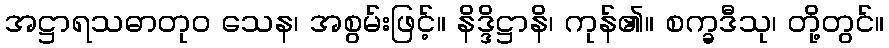
အဋ္ဌာရသဓာတုဝ သေန၊ အစွမ်းဖြင့်။ နိဒ္ဒိဋ္ဌာနိ၊ ကုန်၏။ စက္ခဒီသု၊ တို့တွင်။